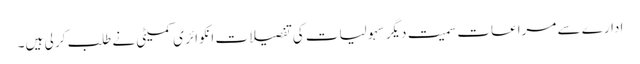
ادارے سے مراعات سمیت دیگر سہولیات کی تفصیلات انکوائر ی کمیٹی نے طلب کر لی ہیں۔